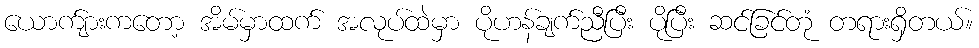
ယောက်ျားကတော့ အိမ်မှာထက် အလုပ်ထဲမှာ ပိုဟန်ချက်ညီပြီး ပိုပြီး ဆင်ခြင်တုံ တရားရှိတယ်။